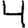
Digit: 4